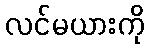
လင်မယားကို